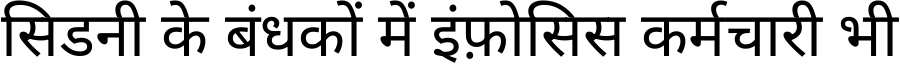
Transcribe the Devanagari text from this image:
सिडनी के बंधकों में इंफ़ोसिस कर्मचारी भी